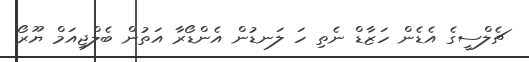
ޗެލްސީގެ އެޑެން ހަޒާޑް ނެތި ހަ ލަނޑުން އެންޑޯރާ އަތުން ބެލްޖިއަމް ޔޫރޯ